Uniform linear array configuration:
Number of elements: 48
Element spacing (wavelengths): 0.75
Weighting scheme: blackman
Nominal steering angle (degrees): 15
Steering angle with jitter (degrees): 16.455
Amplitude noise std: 0.05
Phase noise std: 0.05

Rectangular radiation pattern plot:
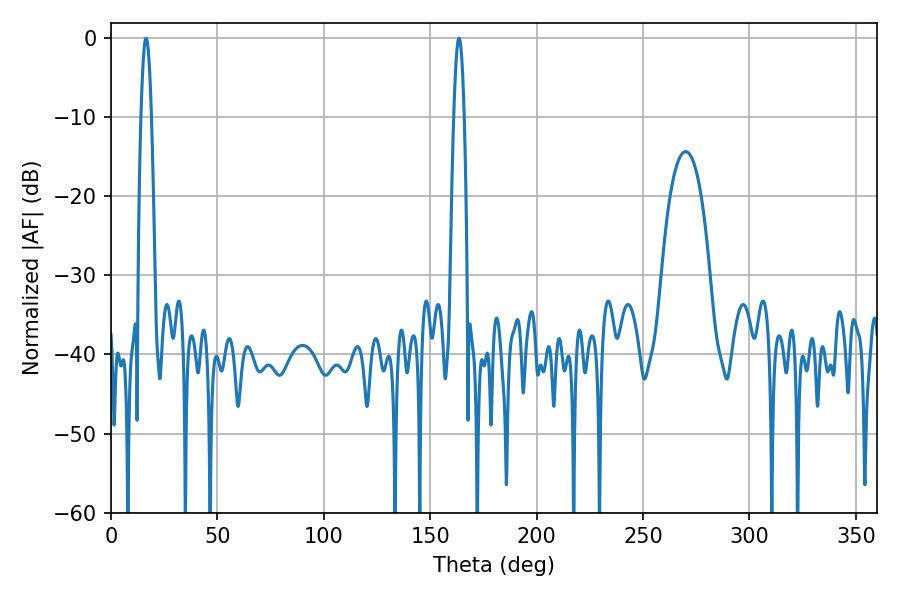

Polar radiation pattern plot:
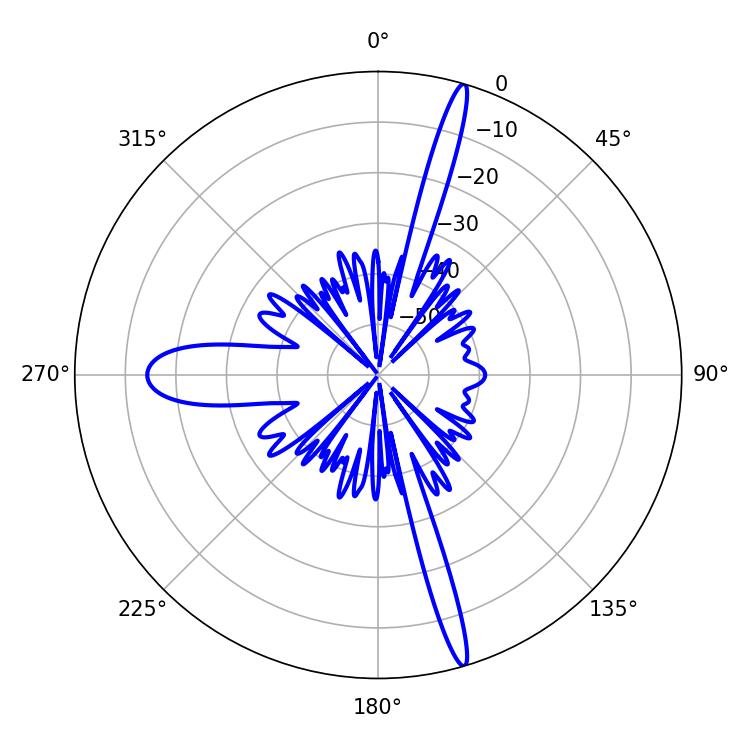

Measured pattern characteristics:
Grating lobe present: TRUE
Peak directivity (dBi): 19.615
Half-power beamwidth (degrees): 2.7
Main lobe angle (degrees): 163.44